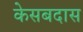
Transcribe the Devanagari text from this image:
केसबदास